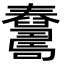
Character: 𦦺